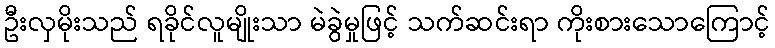
ဦးလှမိုးသည် ရခိုင်လူမျိုးသာ မဲခွဲမှုဖြင့် သက်ဆင်းရာ ကိုးစားသောကြောင့်